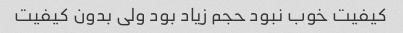
کیفیت خوب نبود حجم زیاد بود ولی بدون کیفیت